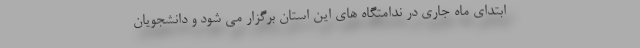
ابتدای ماه جاری در ندامتگاه های این استان برگزار می شود و دانشجویان